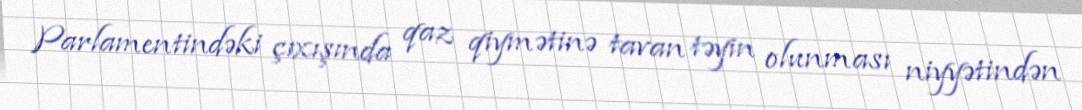
Parlamentindəki çıxışında qaz qiymətinə tavan təyin olunması niyyətindən